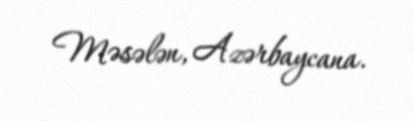
Məsələn, Azərbaycana.